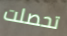
تحصلت